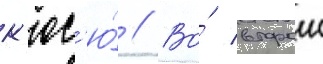
к'юс'ю́ // Во́ второи